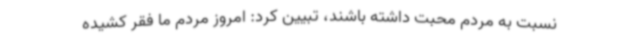
نسبت به مردم محبت داشته باشند، تبیین کرد: امروز مردم ما فقر کشیده